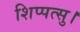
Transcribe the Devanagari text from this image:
शिप्पत्सु।